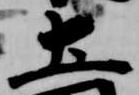
土